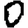
Digit: 0